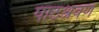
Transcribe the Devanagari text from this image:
पाठश्रवण